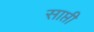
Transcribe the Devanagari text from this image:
साप्ती